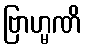
ဗြာဟ္မဏိ